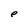
Character: e